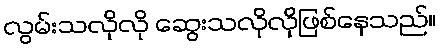
လွမ်းသလိုလို ဆွေးသလိုလိုဖြစ်နေသည်။